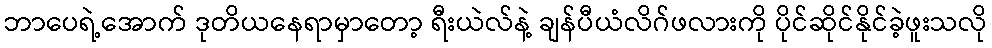
ဘာပေရဲ့အောက် ဒုတိယနေရာမှာတော့ ရီးယဲလ်နဲ့ ချန်ပီယံလိဂ်ဖလားကို ပိုင်ဆိုင်နိုင်ခဲ့ဖူးသလို